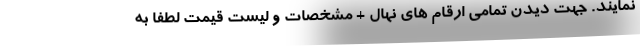
نمایند. جهت دیدن تمامی ارقام های نهال + مشخصات و لیست قیمت لطفا به